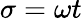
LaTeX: \sigma=\omega t